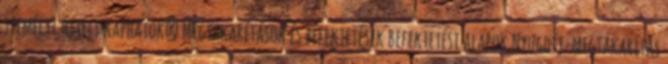
személyi hitelt kaphatok? Megtakarítások és befektetések Befektetési alapok Nyugdíj-megtakarítás